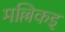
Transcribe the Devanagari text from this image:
मल्लिकइ